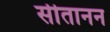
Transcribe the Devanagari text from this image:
सीतानन